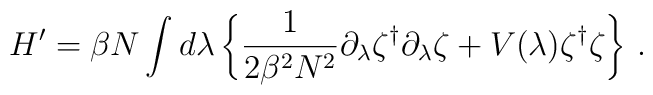
H' =  \beta N \int d\lambda\, \biggl\{ \frac{1}{2\beta^2 N^2}\partial_\lambda\zeta^\dagger \partial_\lambda \zeta+ V(\lambda) \zeta^\dagger \zeta \biggr\}\ .